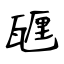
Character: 甅